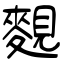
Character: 麲